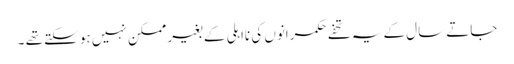
جاتے سال کے یہ تحفے حکمرانوں کی نااہلی کے بغیر ممکن نہیں ہو سکتے تھے ۔